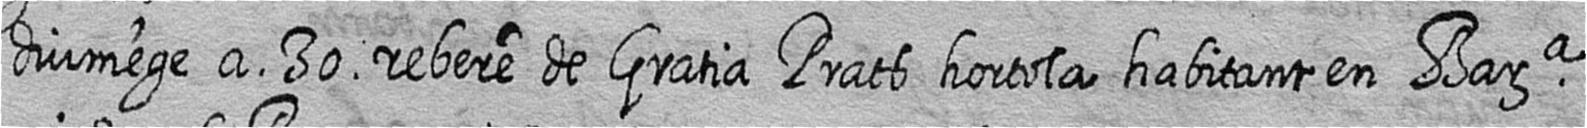
diumege a 30 rebere de Gratia Prats hortola habitant en Bara